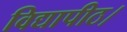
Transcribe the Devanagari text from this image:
विद्यापीठ।